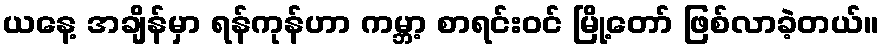
ယနေ့ အချိန်မှာ ရန်ကုန်ဟာ ကမ္ဘာ့ စာရင်းဝင် မြို့တော် ဖြစ်လာခဲ့တယ်။